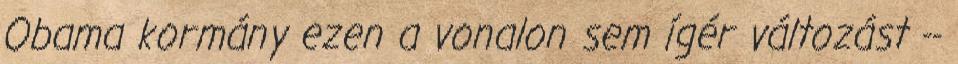
Obama kormány ezen a vonalon sem ígér változást --